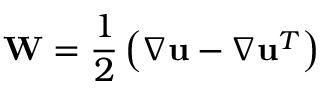
\mathbf { W } = \frac { 1 } { 2 } \left( \nabla \mathbf { u } - \nabla \mathbf { u } ^ { T } \right)